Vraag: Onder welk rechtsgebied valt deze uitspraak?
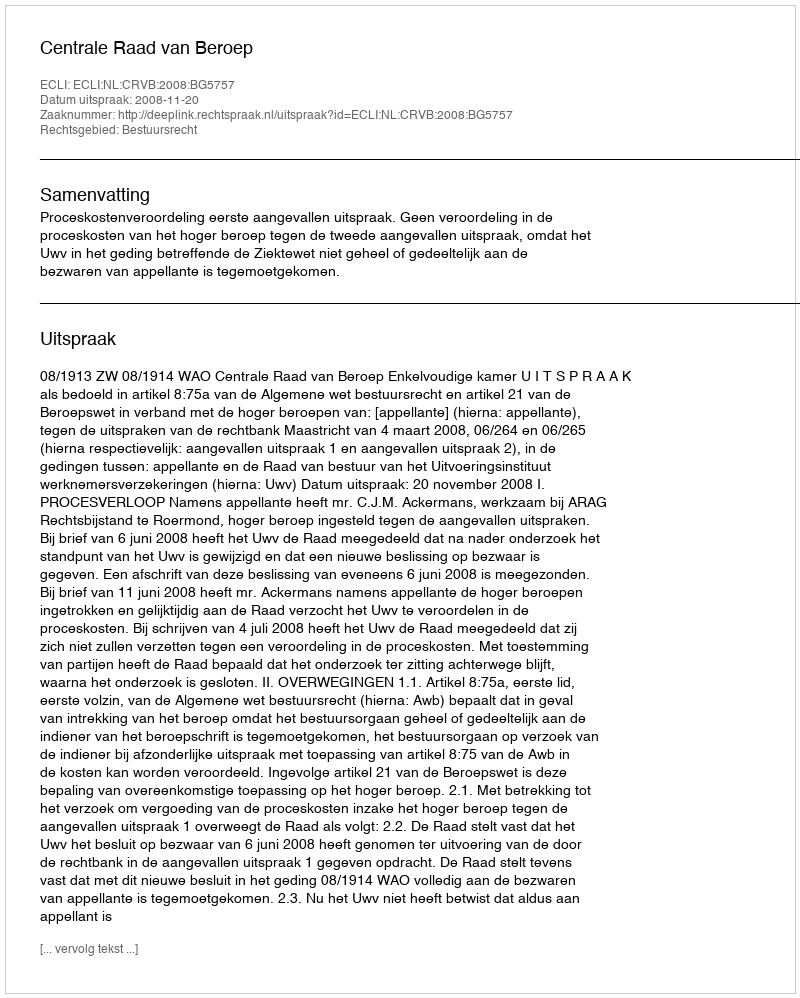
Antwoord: Bestuursrecht